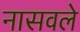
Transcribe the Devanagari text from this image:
नासवले